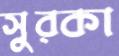
সুরকা